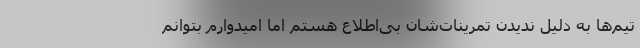
تیم‌ها به دلیل ندیدن تمرینات‌شان بی‌اطلاع هستم اما امیدوارم بتوانم